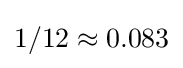
1/12\approx 0.083